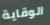
الوقاية